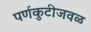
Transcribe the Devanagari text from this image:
पर्णकुटीजवळ